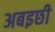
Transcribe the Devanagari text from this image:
अबइछी